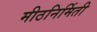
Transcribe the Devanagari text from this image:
मीठनिर्मिती